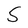
Character: S